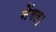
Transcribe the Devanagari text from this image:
नेंगल।